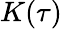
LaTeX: K(\tau)